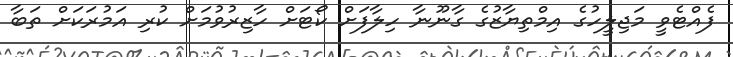
ފެއްޓެވީ މަޖިލީހުގެ އިމްތިޔާޒުގެ ގާނޫނާ ހިލާފަށް ކޯޓަށް ހާޒިރުވުމަށް ކުރި އަމުރަކަށް ތަބާ